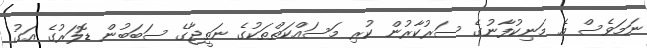
ނަމަވެސް އެ މަނިކުފާނުގެ ސަރުކާރުން ކުރި މަސައްކަތްތަކުގެ ނަތީޖާގެ ސަބަބުން ޑޮލަރުގެ އަގު